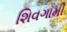
શિવગામી